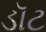
ડૉટ